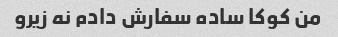
من کوکا ساده سفارش دادم نه زیرو